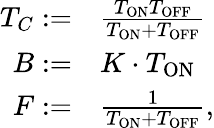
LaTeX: \begin{array}{rl}{T_{C}:=}&{{}\frac{T_{\mathrm{ON}}T_{\mathrm{OFF}}}{T_{\mathrm{ON}}+T_{\mathrm{OFF}}}}\\ {B:=}&{{}K\cdot T_{\mathrm{ON}}}\\ {F:=}&{{}\frac{1}{T_{\mathrm{ON}}+T_{\mathrm{OFF}}},}\end{array}